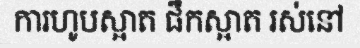
ការហូបស្អាត ផឹកស្អាត រស់នៅ